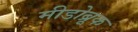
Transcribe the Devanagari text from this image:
मीडोब्रूक